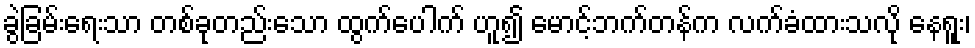
ခွဲခြမ်းရေးသာ တစ်ခုတည်းသော ထွက်ပေါက် ဟူ၍ မောင့်ဘက်တန်က လက်ခံထားသလို နေရူး၊